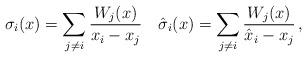
LaTeX: \begin{align*} \sigma_i(x) = \sum_{j \ne i} {\frac{W_j(x)}{x_i - x_j}} \quad \hat{\sigma}_i(x) = \sum_{j \ne i} {\frac{W_j(x)}{\hat{x}_i - x_j}} \, , \end{align*}